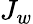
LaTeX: J_{w}